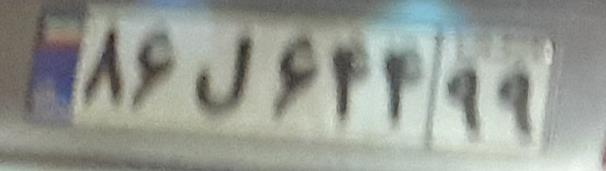
۸۶ل۶۴۴۹۹